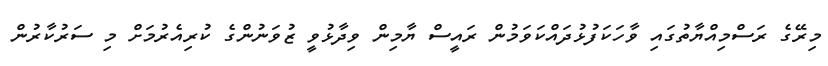
މިރޭގެ ރަސްމިއްޔާތުގައި ވާހަކަފުޅުދައްކަވަމުން ރައީސް ޔާމިން ވިދާޅުވީ ޒުވަނުންގެ ކުރިއެރުމަށް މި ސަރުކާރުން